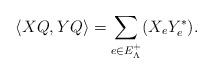
LaTeX: \begin{align*}\langle XQ,YQ \rangle = \sum_{e \in E_{\Lambda}^{+} } (X_{e}Y_{e}^{*}) .\end{align*}